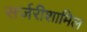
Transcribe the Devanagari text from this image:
सर्जरीशामिल